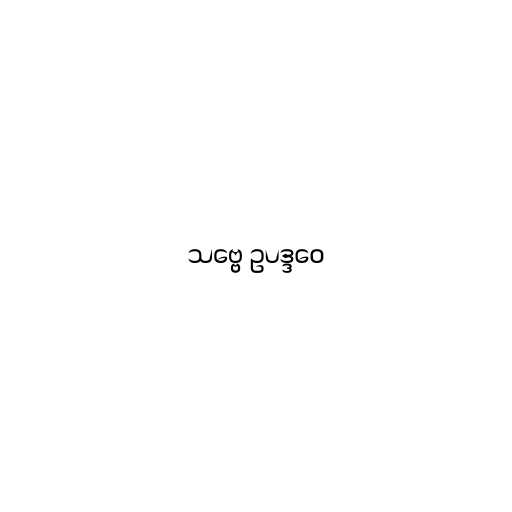
သဗ္ဗေ ဥပဒ္ဒဝေ